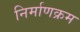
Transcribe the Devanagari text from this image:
निर्माणक्रम